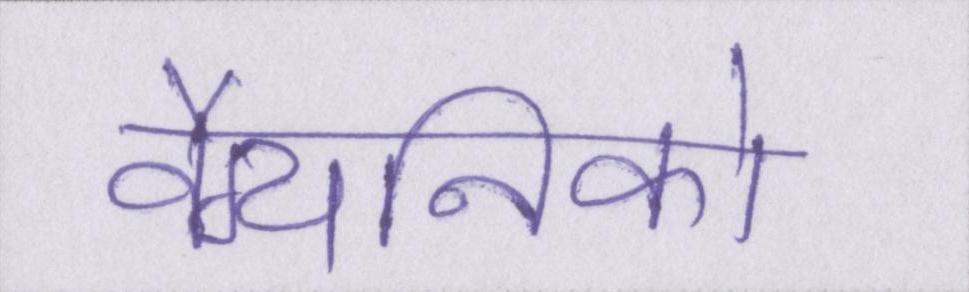
वैग्यनिको